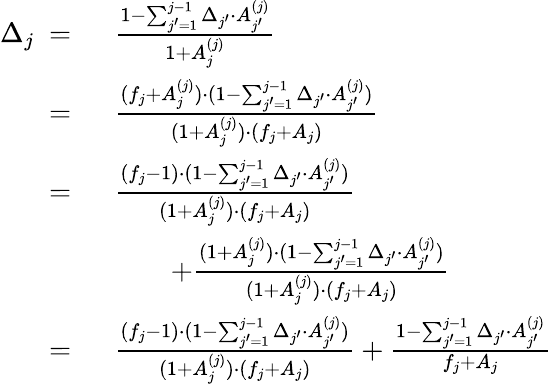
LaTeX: \begin{array}{rl}{\Delta_{j}\ =\ }&{\frac{1-\sum_{j^{\prime}=1}^{j-1}\Delta_{j^{\prime}}\cdot A_{j^{\prime}}^{(j)}}{1+A_{j}^{(j)}}}\\ {=\ }&{\frac{(f_{j}+A_{j}^{(j)})\cdot(1-\sum_{j^{\prime}=1}^{j-1}\Delta_{j^{\prime}}\cdot A_{j^{\prime}}^{(j)})}{(1+A_{j}^{(j)})\cdot(f_{j}+A_{j})}}\\ {=\ }&{\frac{(f_{j}-1)\cdot(1-\sum_{j^{\prime}=1}^{j-1}\Delta_{j^{\prime}}\cdot A_{j^{\prime}}^{(j)})}{(1+A_{j}^{(j)})\cdot(f_{j}+A_{j})}}\\ &{\qquad+\frac{(1+A_{j}^{(j)})\cdot(1-\sum_{j^{\prime}=1}^{j-1}\Delta_{j^{\prime}}\cdot A_{j^{\prime}}^{(j)})}{(1+A_{j}^{(j)})\cdot(f_{j}+A_{j})}}\\ {=\ }&{\frac{(f_{j}-1)\cdot(1-\sum_{j^{\prime}=1}^{j-1}\Delta_{j^{\prime}}\cdot A_{j^{\prime}}^{(j)})}{(1+A_{j}^{(j)})\cdot(f_{j}+A_{j})}+\frac{1-\sum_{j^{\prime}=1}^{j-1}\Delta_{j^{\prime}}\cdot A_{j^{\prime}}^{(j)}}{f_{j}+A_{j}}}\end{array}